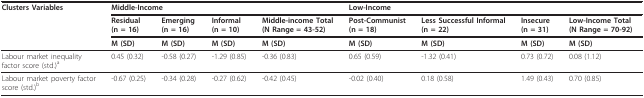
<table><thead><tr><td><b>Clusters Variables</b></td><td colspan="4"><b>Middle-Income</b></td><td colspan="4"><b>Low-Income</b></td></tr><tr><td></td><td><b>Residual(n = 16)</b></td><td><b>Emerging(n = 16)</b></td><td><b>Informal(n = 10)</b></td><td><b>Middle-income Total(N Range = 43-52)</b></td><td><b>Post-Communist(n = 18)</b></td><td><b>Less Successful Informal(n = 22)</b></td><td><b>Insecure(n = 31)</b></td><td><b>Low-Income Total(N Range = 70-92)</b></td></tr><tr><td></td><td><b>M (SD)</b></td><td><b>M (SD)</b></td><td><b>M (SD)</b></td><td><b>M (SD)</b></td><td><b>M (SD)</b></td><td><b>M (SD)</b></td><td><b>M (SD)</b></td><td><b>M (SD)</b></td></tr></thead><tbody><tr><td>Labour market inequalityfactor score (std.)<sup>a</sup></td><td>0.45 (0.32)</td><td>-0.58 (0.27)</td><td>-1.29 (0.85)</td><td>-0.36 (0.83)</td><td>0.65 (0.59)</td><td>-1.32 (0.41)</td><td>0.73 (0.72)</td><td>0.08 (1.12)</td></tr><tr><td>Labour market poverty factorscore (std.)<sup>b</sup></td><td>-0.67 (0.25)</td><td>-0.34 (0.28)</td><td>-0.27 (0.62)</td><td>-0.42 (0.45)</td><td>-0.02 (0.40)</td><td>0.18 (0.58)</td><td>1.49 (0.43)</td><td>0.70 (0.85)</td></tr></tbody></table>